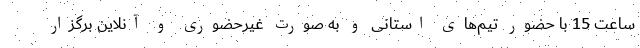
ساعت 15 با حضور تیم‌های استانی و به صورت غیرحضوری و آنلاین برگزار